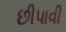
છીપાવી